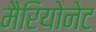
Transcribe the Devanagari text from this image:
मैरियोनेट